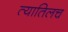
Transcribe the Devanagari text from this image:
त्यातिलच